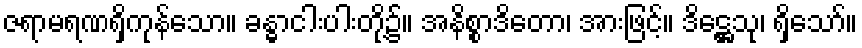
ဇရာမရဏရှိကုန်သော။ ခန္ဓာငါးပါးတို့၌။ အနိစ္စာဒိတော၊ အားဖြင့်။ ဒိဋ္ဌေသု၊ ရှိသော်။